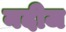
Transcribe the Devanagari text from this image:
नदीज